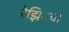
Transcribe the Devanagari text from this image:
रेझिनचा